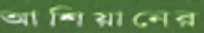
আশিয়ানের